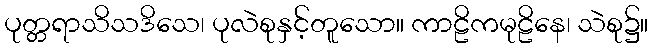
ပုတ္တရာသိသဒိသေ၊ ပုလဲစုနှင့်တူသော။ ကာဠိကမုဠိနေ၊ သဲစု၌။